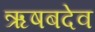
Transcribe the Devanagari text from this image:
ऋषबदेव